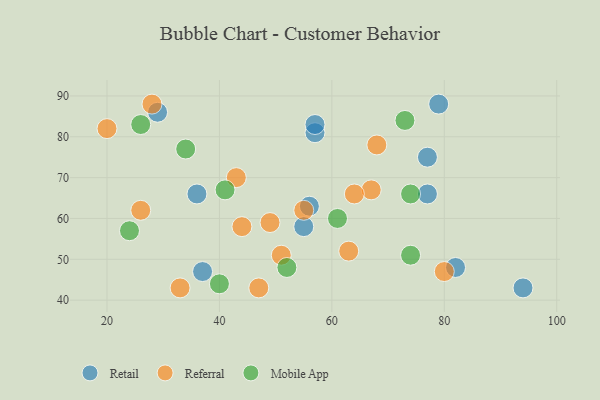
{"axis": {"x": "GDP", "y": "Life Expectancy"}, "legend": ["Mobile App", "Referral", "Retail"], "data": [{"x": "57", "y": 81, "type": "Retail"}, {"x": "29", "y": 86, "type": "Retail"}, {"x": "79", "y": 88, "type": "Retail"}, {"x": "82", "y": 48, "type": "Retail"}, {"x": "57", "y": 83, "type": "Retail"}, {"x": "56", "y": 63, "type": "Retail"}, {"x": "55", "y": 58, "type": "Retail"}, {"x": "77", "y": 75, "type": "Retail"}, {"x": "36", "y": 66, "type": "Retail"}, {"x": "94", "y": 43, "type": "Retail"}, {"x": "37", "y": 47, "type": "Retail"}, {"x": "77", "y": 66, "type": "Retail"}, {"x": "63", "y": 52, "type": "Referral"}, {"x": "49", "y": 59, "type": "Referral"}, {"x": "20", "y": 82, "type": "Referral"}, {"x": "26", "y": 62, "type": "Referral"}, {"x": "28", "y": 88, "type": "Referral"}, {"x": "43", "y": 70, "type": "Referral"}, {"x": "67", "y": 67, "type": "Referral"}, {"x": "64", "y": 66, "type": "Referral"}, {"x": "80", "y": 47, "type": "Referral"}, {"x": "47", "y": 43, "type": "Referral"}, {"x": "68", "y": 78, "type": "Referral"}, {"x": "44", "y": 58, "type": "Referral"}, {"x": "55", "y": 62, "type": "Referral"}, {"x": "51", "y": 51, "type": "Referral"}, {"x": "33", "y": 43, "type": "Referral"}, {"x": "26", "y": 83, "type": "Mobile App"}, {"x": "73", "y": 84, "type": "Mobile App"}, {"x": "74", "y": 66, "type": "Mobile App"}, {"x": "41", "y": 67, "type": "Mobile App"}, {"x": "40", "y": 44, "type": "Mobile App"}, {"x": "52", "y": 48, "type": "Mobile App"}, {"x": "24", "y": 57, "type": "Mobile App"}, {"x": "61", "y": 60, "type": "Mobile App"}, {"x": "74", "y": 51, "type": "Mobile App"}, {"x": "34", "y": 77, "type": "Mobile App"}]}